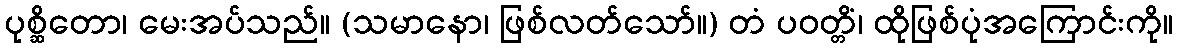
ပုစ္ဆိတော၊ မေးအပ်သည်။ (သမာနော၊ ဖြစ်လတ်သော်။) တံ ပဝတ္တိံ၊ ထိုဖြစ်ပုံအကြောင်းကို။